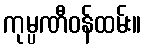
ကုမ္ပဏီဝန်ထမ်း။